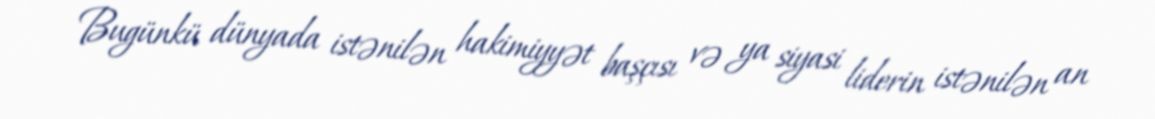
Bugünkü dünyada istənilən hakimiyyət başçısı və ya siyasi liderin istənilən an